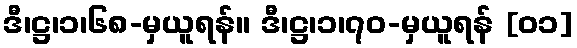
ဒီ၊ဋ္ဌ၊၁၊၆၈-မှယူရန်။ ဒီ၊ဋ္ဌ၊၁၊၇၀-မှယူရန် [၀၁]